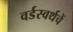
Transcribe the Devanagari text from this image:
वर्डस्वर्थचें